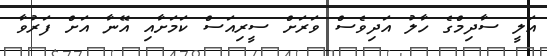
އަލީ ސާދިމްގެ ހާލު އަދިވެސް ވަރަށް ސީރިއަސް ކަމަށާއި އޭނާ އަށް ފަރުވާ